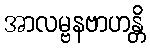
အာလမ္ဗနဗာဟန္တိ